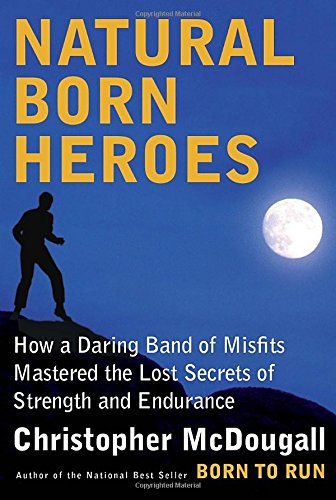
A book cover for Natural Born Heroes: How a Daring Band of Misfits Mastered the Lost Secrets of Strength and Endurance; Christopher McDougall; History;